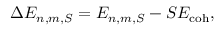
\Delta E _ { n , m , S } = E _ { n , m , S } - S E _ { \mathrm { c o h } } ,